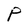
Character: P